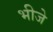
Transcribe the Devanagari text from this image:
भीजे